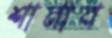
শানাব